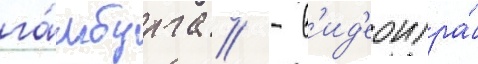
га́мбурга // - в'ид'еоигра́